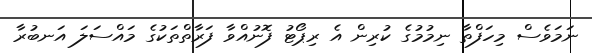
ނަމަވެސް މިހަފްތާ ނިމުމުގެ ކުރިން އެ ރިޕޯޓު ފޮނުއްވާ ފަރާތްތަކުގެ މައްސަލަ އަނބުރާ